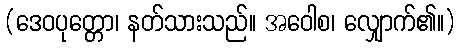
(ဒေဝပုတ္တော၊ နတ်သားသည်။ အဝေါစ၊ လျှောက်၏။)